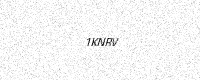
Text: 1KNRV